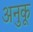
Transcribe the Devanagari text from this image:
अनुकू